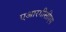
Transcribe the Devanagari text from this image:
एआरगीसीएम